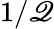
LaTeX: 1/\mathscr{Q}